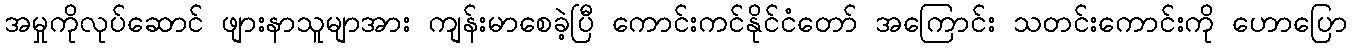
အမှုကိုလုပ်ဆောင် ဖျားနာသူမျာအား ကျန်းမာစေခဲ့ပြီ ကောင်းကင်နိုင်ငံတော် အကြောင်း သတင်းကောင်းကို ဟောပြော